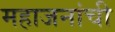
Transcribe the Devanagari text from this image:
महाजनांची